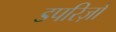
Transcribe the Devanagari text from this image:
डपरिज़ो